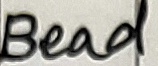
Text: Bead